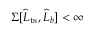
\Sigma [ \widehat { L } _ { \mathrm { t s } } , \widehat { L } _ { b } ] < \infty